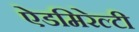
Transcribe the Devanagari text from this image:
ऐडमिरेल्टी